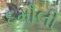
દમૌલી